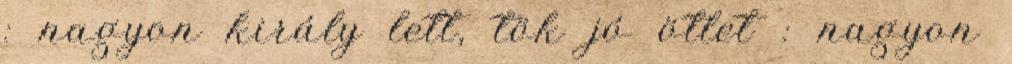
: nagyon király lett, tök jó ötlet : nagyon